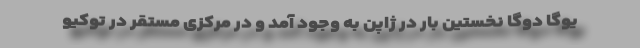
یوگا دوگا نخستین بار در ژاپن به وجود آمد و در مرکزی مستقر در توکیو